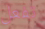
تفعل